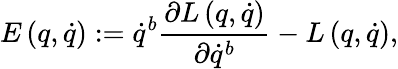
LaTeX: E\left(q,\dot{q}\right):=\dot{q}^{b}\frac{\partial L\left(q,\dot{q}\right)}{\partial\dot{q}^{b}}-L\left(q,\dot{q}\right),